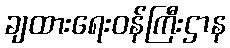
ချထားရေးဝန်ကြီးဌာန